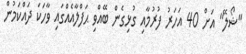
"ޝޯލޭ" އަށް 40 އަހަރު ފުރުމާއި ގުޅިގެން ބޭއްވި ޙަފްލާއެއްގައި ވާހަކަ ދައްކަމުން